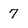
Character: 7